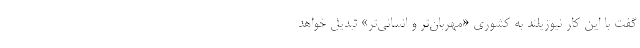
گفت با این کار نیوزیلند به کشوری «مهربان‌تر و انسانی‌تر» تبدیل خواهد